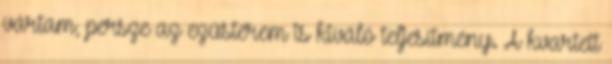
vártam, persze az ezüstérem is kiváló teljesítmény. A kvartett